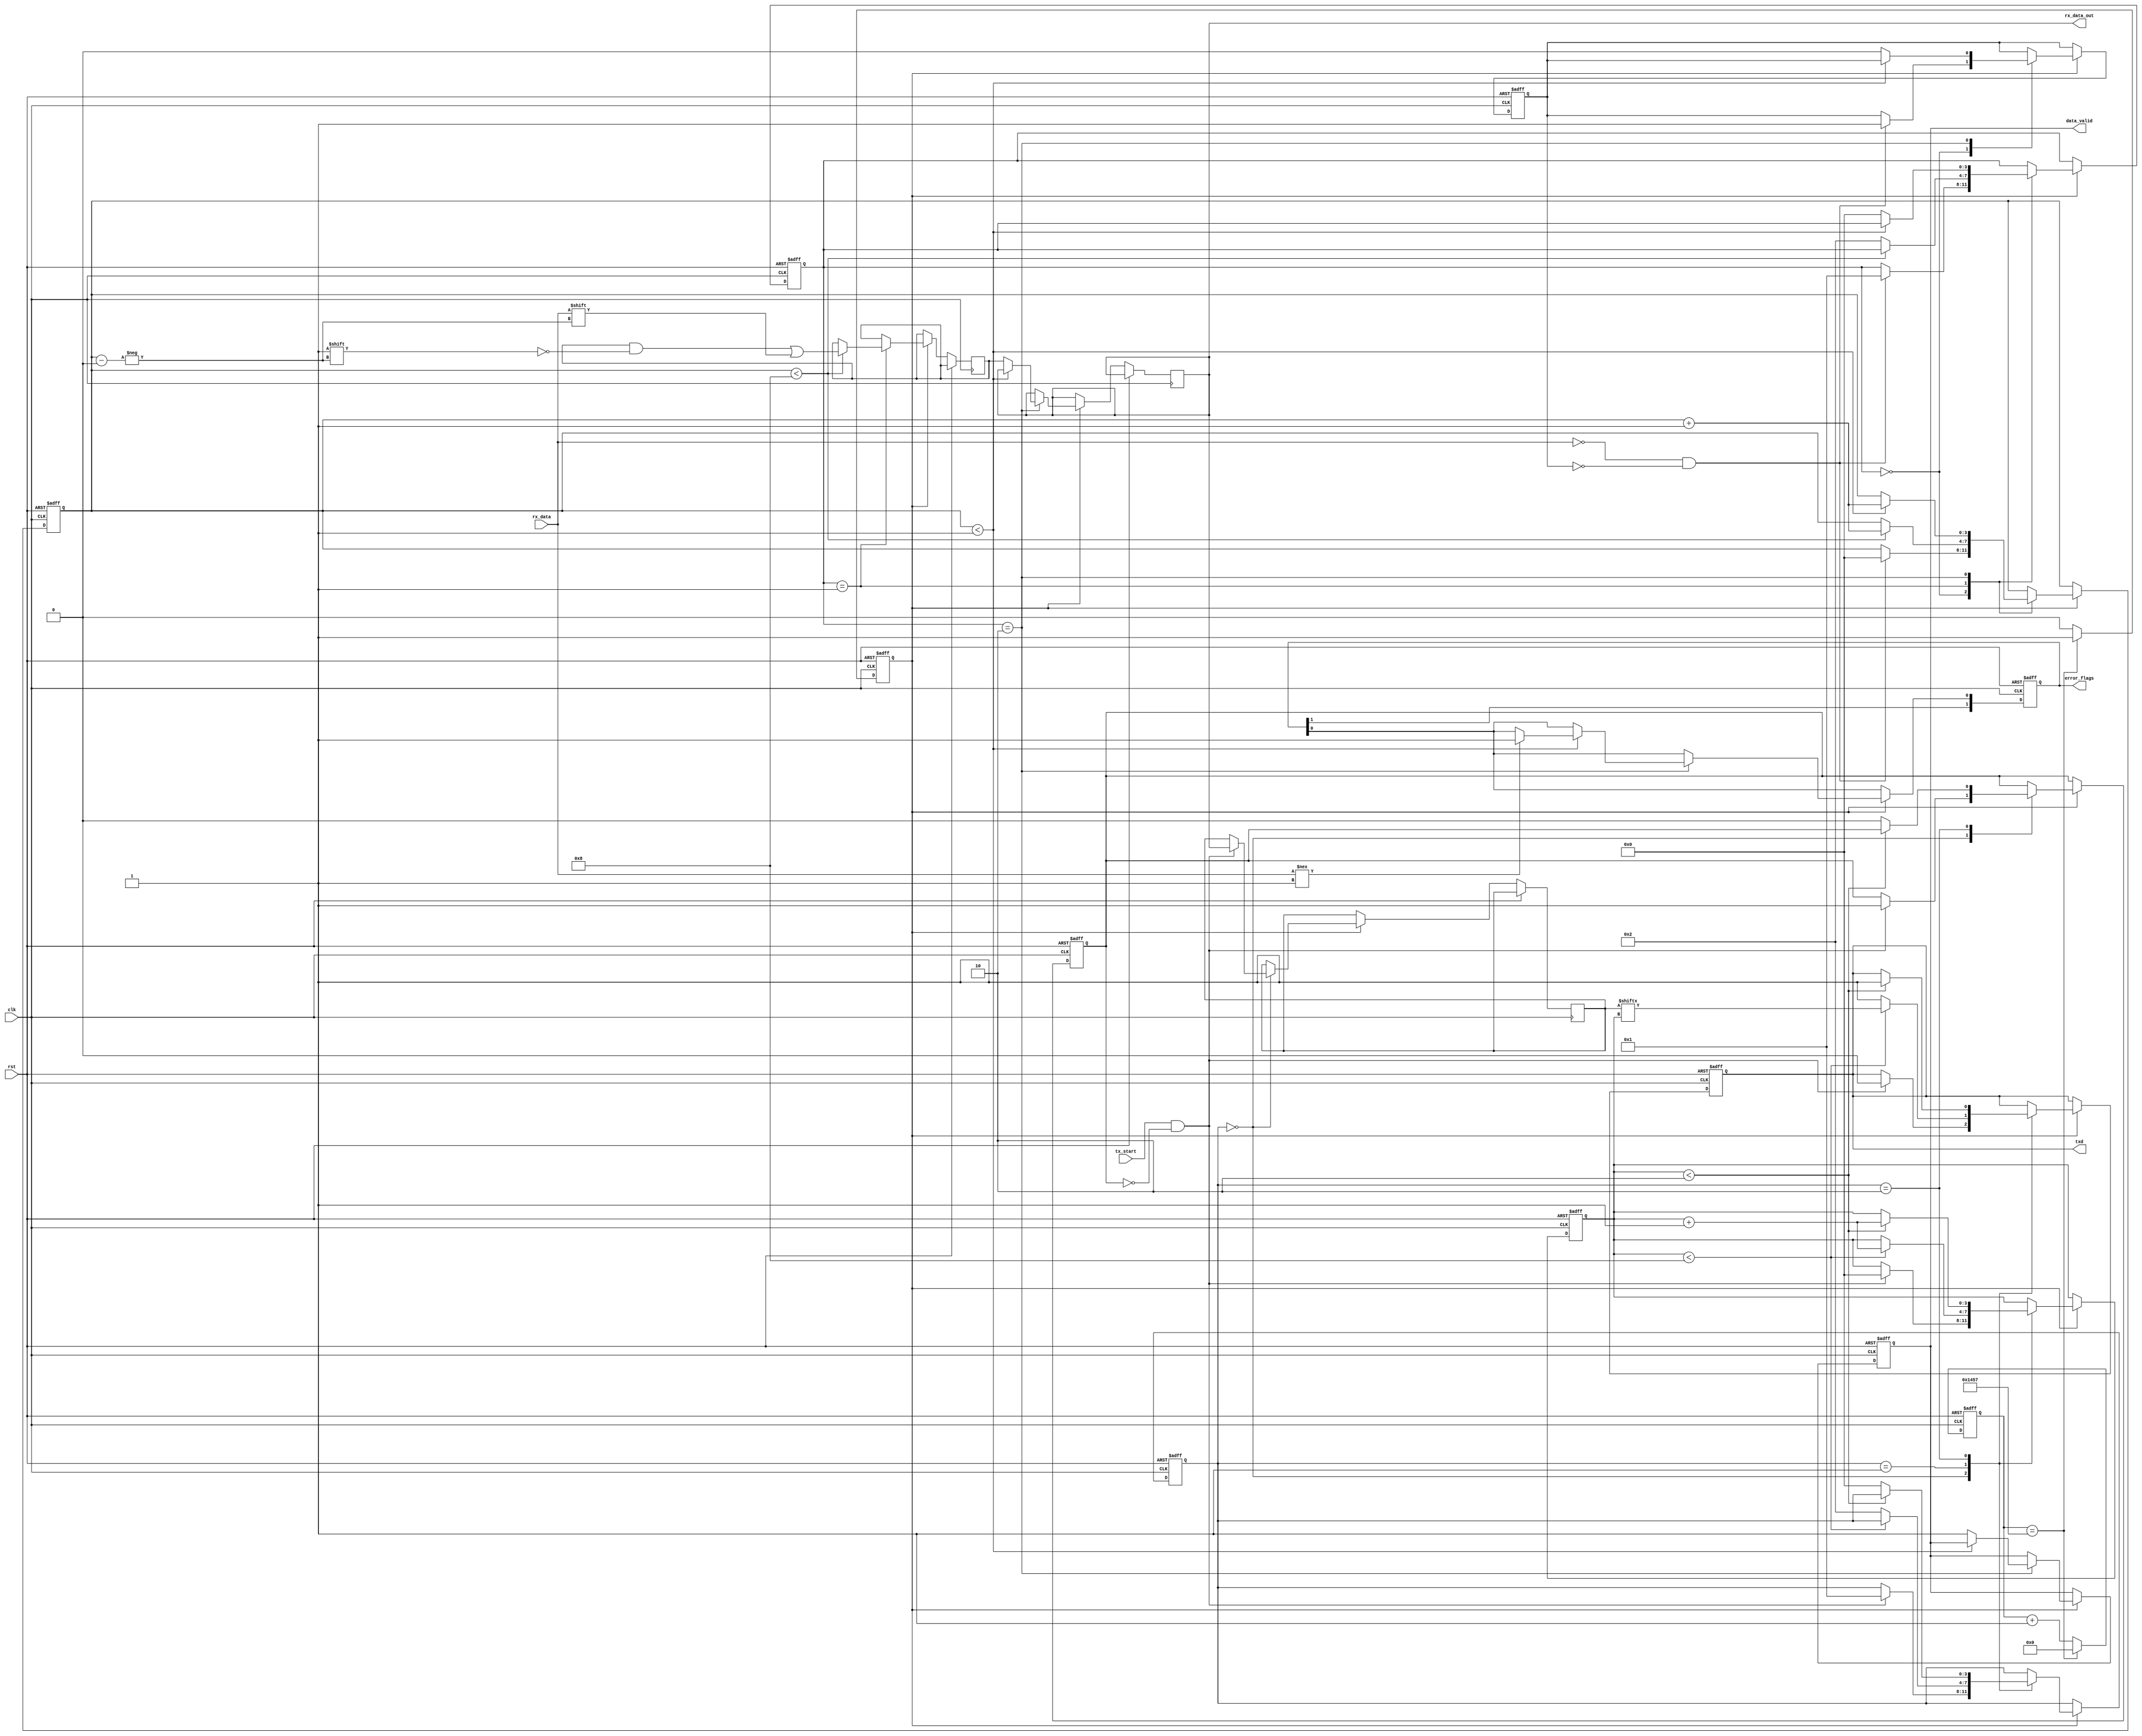
module parameterized_uart #(
    parameter BAUD_RATE = 9600,
    parameter DATA_WIDTH = 8,
    parameter STOP_BITS = 1,
    parameter PARITY = "NONE", // Options: "NONE", "EVEN", "ODD"
    parameter CLOCK_FREQ = 50000000 // System Clock Frequency in Hz
)(
    input wire clk,
    input wire rst,
    input wire tx_start,
    input wire rx_data,
    output reg txd,
    output reg [DATA_WIDTH-1:0] rx_data_out,
    output reg data_valid,
    output reg [1:0] error_flags // 2 bits: [0] framing error, [1] parity error
);

    // Baud Rate Calculation
    localparam BAUD_DIV = CLOCK_FREQ / BAUD_RATE;
    reg [15:0] baud_counter;
    reg baud_tick;

    // TX State Machine
    reg [3:0] tx_state;
    reg [DATA_WIDTH-1:0] tx_data;
    reg [3:0] tx_bit_index;
    reg tx_busy;

    // RX State Machine
    reg [3:0] rx_state;
    reg [3:0] rx_bit_index;
    reg [DATA_WIDTH-1:0] rx_shift_reg;
    reg rx_busy;
    reg parity_bit;

    // Baud Rate Generator
    always @(posedge clk or posedge rst) begin
        if (rst) begin
            baud_counter <= 0;
            baud_tick <= 0;
        end else begin
            if (baud_counter == BAUD_DIV - 1) begin
                baud_counter <= 0;
                baud_tick <= 1;
            end else begin
                baud_counter <= baud_counter + 1;
                baud_tick <= 0;
            end
        end
    end

    // Transmitter Logic
    always @(posedge clk or posedge rst) begin
        if (rst) begin
            tx_state <= 0;
            txd <= 1; // Idle state (high)
            tx_busy <= 0;
            tx_bit_index <= 0;
        end else if (baud_tick) begin
            case (tx_state)
                0: begin // Idle
                    if (tx_start && !tx_busy) begin
                        tx_data <= rx_data_out; // Load data to transmit
                        tx_busy <= 1;
                        tx_bit_index <= 0;
                        txd <= 0; // Start bit
                        tx_state <= 1;
                    end
                end
                1: begin // Transmit data bits
                    if (tx_bit_index < DATA_WIDTH) begin
                        txd <= tx_data[tx_bit_index];
                        tx_bit_index <= tx_bit_index + 1;
                    end else begin
                        // Handle parity bit
                        if (PARITY == "EVEN") begin
                            parity_bit <= ~^tx_data; // Even parity
                            txd <= parity_bit;
                        end else if (PARITY == "ODD") begin
                            parity_bit <= ^tx_data; // Odd parity
                            txd <= parity_bit;
                        end else begin
                            txd <= 1; // No parity
                        end
                        tx_state <= 2; // Go to stop bit state
                    end
                end
                2: begin // Transmit stop bits
                    if (tx_bit_index < STOP_BITS + 1) begin
                        txd <= 1; // Stop bit
                        tx_bit_index <= tx_bit_index + 1;
                    end else begin
                        tx_busy <= 0;
                        tx_state <= 0; // Back to idle
                    end
                end
            endcase
        end
    end

    // Receiver Logic
    always @(posedge clk or posedge rst) begin
        if (rst) begin
            rx_state <= 0;
            rx_busy <= 0;
            rx_bit_index <= 0;
            data_valid <= 0;
            error_flags <= 2'b00;
        end else if (baud_tick) begin
            case (rx_state)
                0: begin // Idle
                    if (!rx_data && !rx_busy) begin // Start bit detected
                        rx_busy <= 1;
                        rx_bit_index <= 0;
                        rx_state <= 1;
                    end
                end
                1: begin // Receive data bits
                    if (rx_bit_index < DATA_WIDTH) begin
                        rx_shift_reg[rx_bit_index] <= rx_data; // Shift in data
                        rx_bit_index <= rx_bit_index + 1;
                    end else begin
                        // Check for parity if enabled
                        if (PARITY == "EVEN") begin
                            if (rx_data !== ~^rx_shift_reg) begin
                                error_flags[1] <= 1; // Parity error
                            end
                        end else if (PARITY == "ODD") begin
                            if (rx_data !== ^rx_shift_reg) begin
                                error_flags[1] <= 1; // Parity error
                            end
                        end
                        rx_state <= 2; // Go to stop bit state
                    end
                end
                2: begin // Check stop bits
                    if (rx_bit_index < STOP_BITS) begin
                        if (rx_data !== 1) begin
                            error_flags[0] <= 1; // Framing error
                        end
                        rx_bit_index <= rx_bit_index + 1;
                    end else begin
                        rx_data_out <= rx_shift_reg; // Output received data
                        data_valid <= 1; // Data is valid
                        rx_busy <= 0;
                        rx_state <= 0; // Back to idle
                    end
                end
            endcase
        end
    end

endmodule